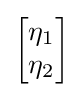
{\begin{bmatrix}\eta _{1}\\\eta _{2}\end{bmatrix}}